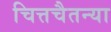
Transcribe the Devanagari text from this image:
चित्तचैतन्या